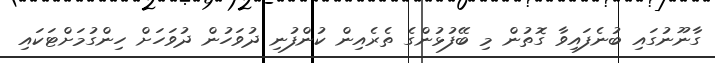
ގާނޫނުގައި ބުނެފައިވާ ގޮތުން މި ބޭފުޅުންގެ ތެރެއިން ކުންފުނި ދުވަހުން ދުވަހަށް ހިންގުމަށްޓަކައި